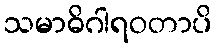
သမာဓိဂါရဝတာပိ